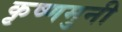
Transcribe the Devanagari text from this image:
कृष्णमुनी